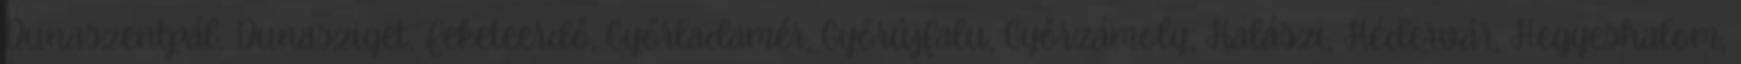
Dunaszentpál, Dunasziget, Feketeerdő, Győrladamér, Győrújfalu, Győrzámoly, Halászi, Hédervár, Hegyeshalom,